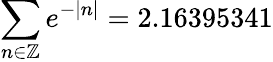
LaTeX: \sum_{n\in\mathbb{Z}}e^{-|n|}=2.16395341